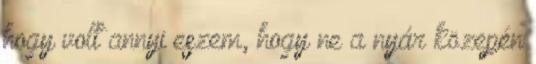
hogy volt annyi eszem, hogy ne a nyár közepén